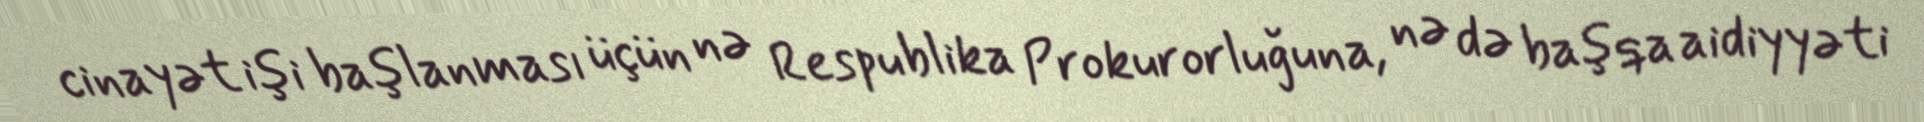
cinayət işi başlanması üçün nə Respublika Prokurorluğuna, nə də başqa aidiyyəti